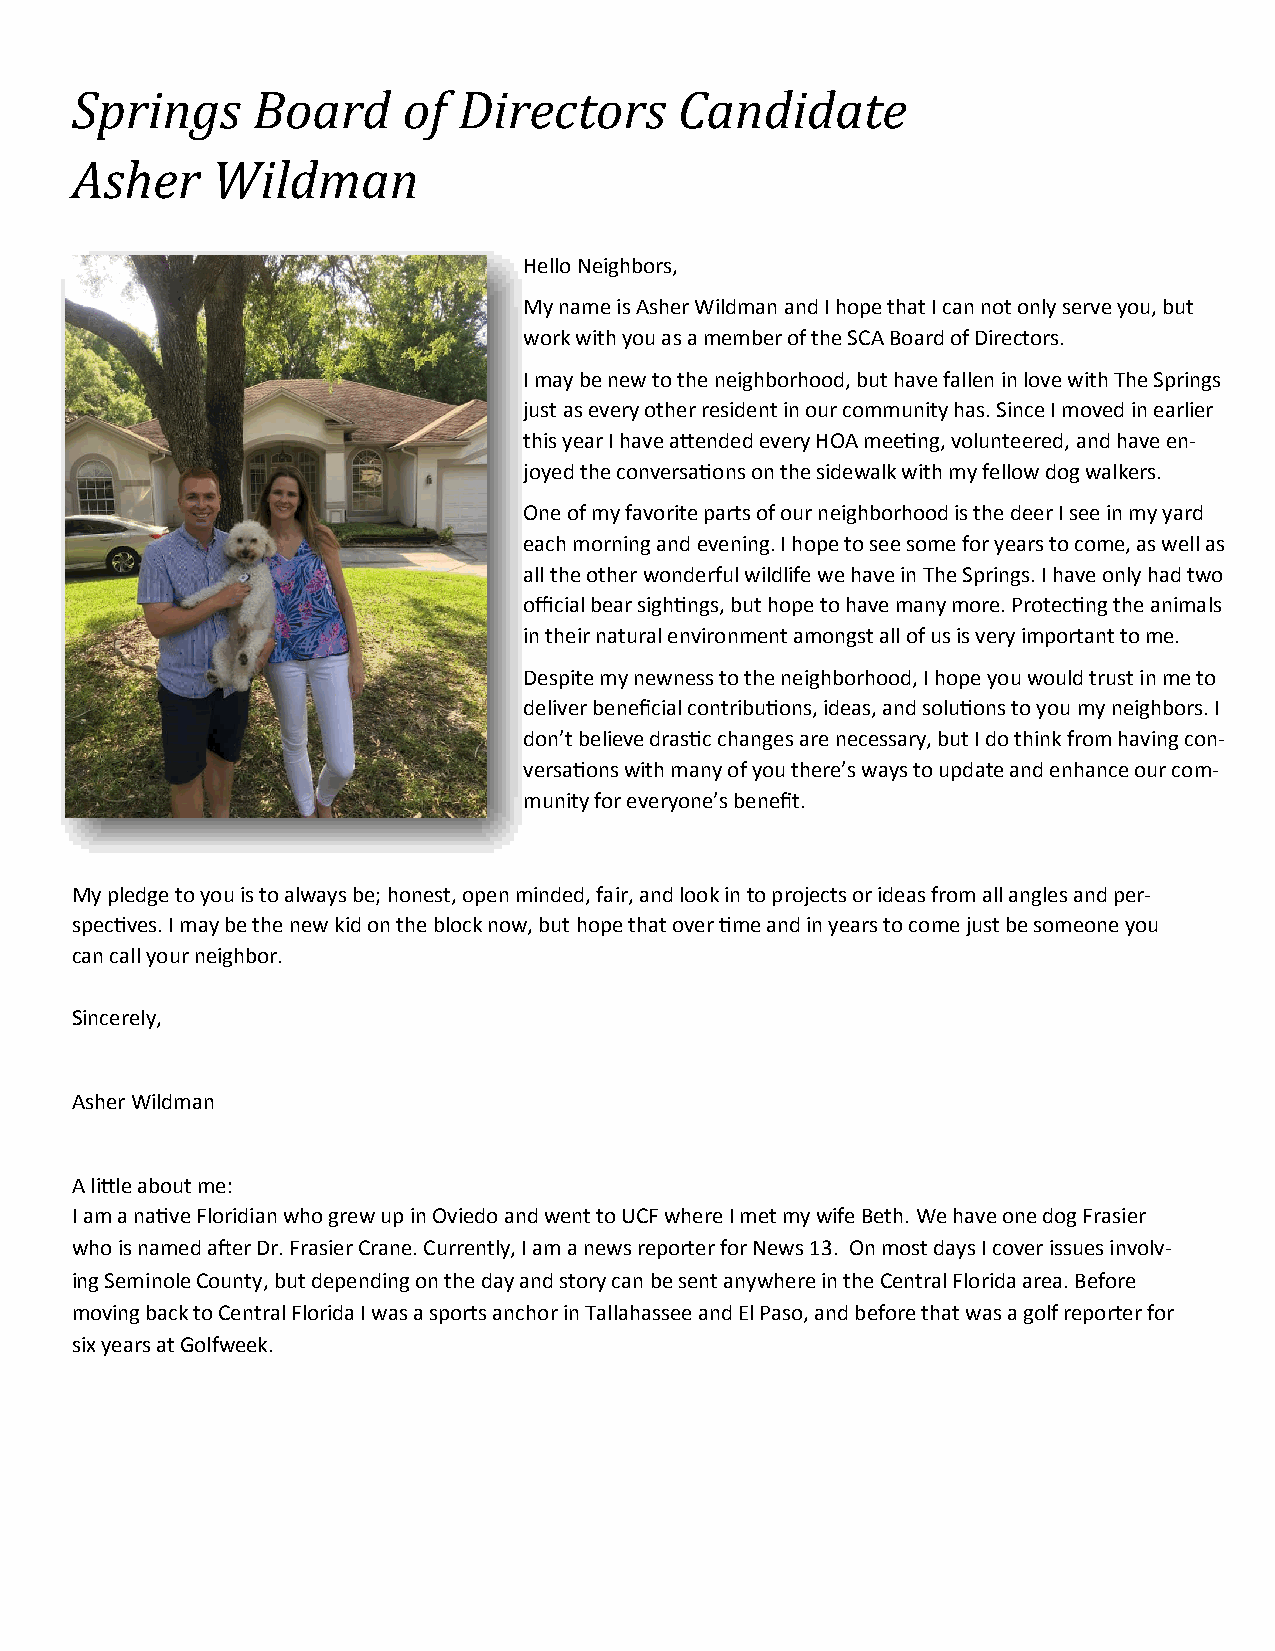
Springs     Board     of Directors      Candidate
 Asher    Wildman
 Hello Neighbors,
 My name is Asher Wildman and I hope that I can not only serve you, but
 work with you as a member of the SCA Board of Directors.
 I may be new to the neighborhood, but have fallen in love with The Springs
 just as every other resident in our community has. Since I moved in earlier
 this year I have attended every HOA meeting, volunteered, and have en-
 joyed the conversations on the sidewalk with my fellow dog walkers.
 One of my favorite parts of our neighborhood is the deer I see in my yard
 each morning and evening. I hope to see some for years to come, as well as
 all the other wonderful wildlife we have in The Springs. I have only had two
 official bear sightings, but hope to have many more. Protecting the animals
 in their natural environment amongst all of us is very important to me.
 Despite my newness to the neighborhood, I hope you would trust in me to
 deliver beneficial contributions, ideas, and solutions to you my neighbors. I
 don’t believe drastic changes are necessary, but I do think from having con-
 versations with many of you there’s ways to update and enhance our com-
 munity for everyone’s benefit.
 My pledge to you is to always be; honest, open minded, fair, and look in to projects or ideas from all angles and per-
 spectives. I may be the new kid on the block now, but hope that over time and in years to come just be someone you
 can call your neighbor.
 Sincerely,
 Asher Wildman
 A little about me:
 I am a native Floridian who grew up in Oviedo and went to UCF where I met my wife Beth. We have one dog Frasier
 who is named after Dr. Frasier Crane. Currently, I am a news reporter for News 13. On most days I cover issues involv-
 ing Seminole County, but depending on the day and story can be sent anywhere in the Central Florida area. Before
 moving back to Central Florida I was a sports anchor in Tallahassee and El Paso, and before that was a golf reporter for
 six years at Golfweek.